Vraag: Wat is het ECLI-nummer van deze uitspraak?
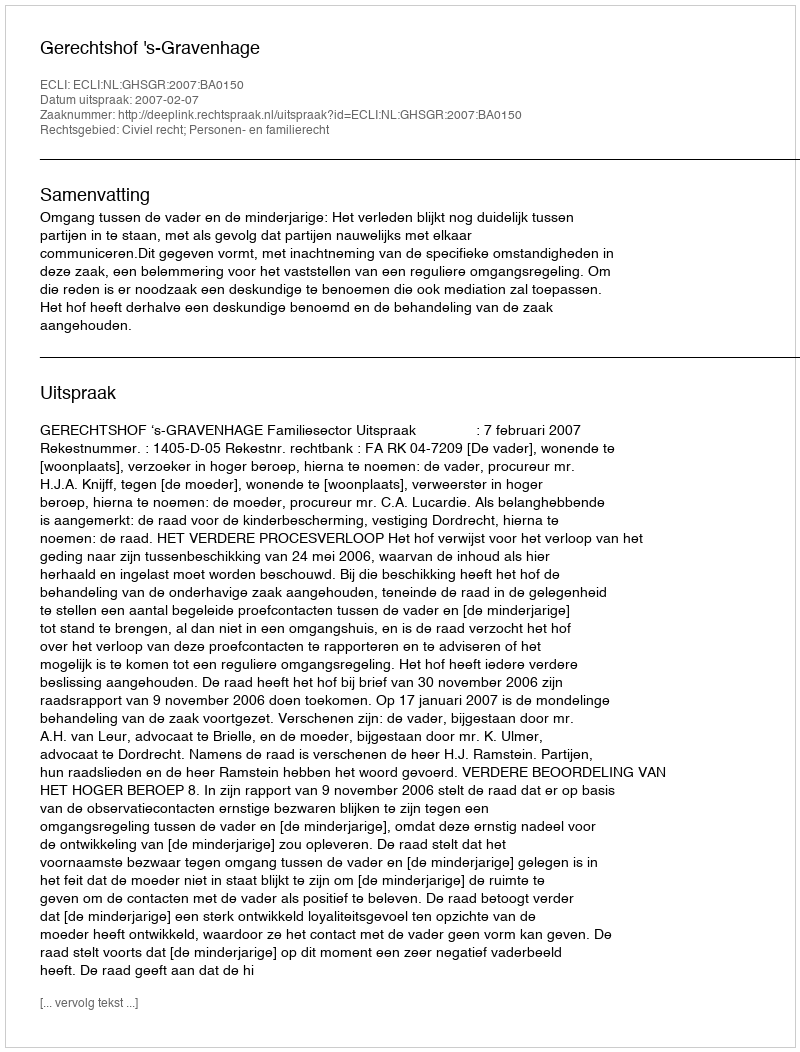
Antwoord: ECLI:NL:GHSGR:2007:BA0150